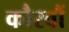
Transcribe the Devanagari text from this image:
कौरवौं